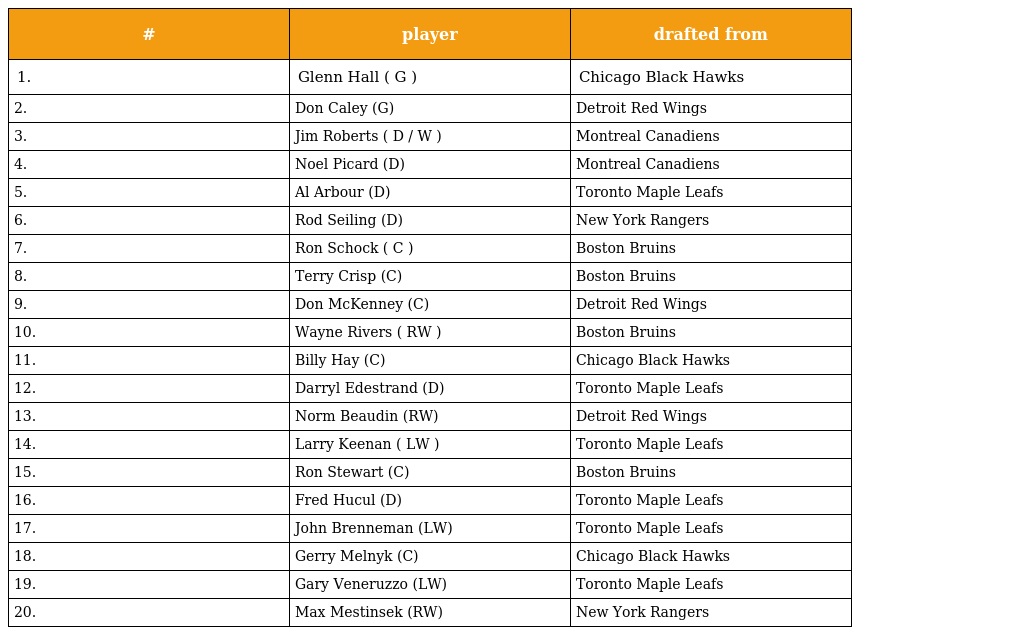
| # | player | drafted from |
 | --- | --- | --- |
 | 1. | Glenn Hall ( G ) | Chicago Black Hawks |
 | 2. | Don Caley (G) | Detroit Red Wings |
 | 3. | Jim Roberts ( D / W ) | Montreal Canadiens |
 | 4. | Noel Picard (D) | Montreal Canadiens |
 | 5. | Al Arbour (D) | Toronto Maple Leafs |
 | 6. | Rod Seiling (D) | New York Rangers |
 | 7. | Ron Schock ( C ) | Boston Bruins |
 | 8. | Terry Crisp (C) | Boston Bruins |
 | 9. | Don McKenney (C) | Detroit Red Wings |
 | 10. | Wayne Rivers ( RW ) | Boston Bruins |
 | 11. | Billy Hay (C) | Chicago Black Hawks |
 | 12. | Darryl Edestrand (D) | Toronto Maple Leafs |
 | 13. | Norm Beaudin (RW) | Detroit Red Wings |
 | 14. | Larry Keenan ( LW ) | Toronto Maple Leafs |
 | 15. | Ron Stewart (C) | Boston Bruins |
 | 16. | Fred Hucul (D) | Toronto Maple Leafs |
 | 17. | John Brenneman (LW) | Toronto Maple Leafs |
 | 18. | Gerry Melnyk (C) | Chicago Black Hawks |
 | 19. | Gary Veneruzzo (LW) | Toronto Maple Leafs |
 | 20. | Max Mestinsek (RW) | New York Rangers |